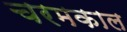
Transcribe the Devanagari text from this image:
चरमकाल